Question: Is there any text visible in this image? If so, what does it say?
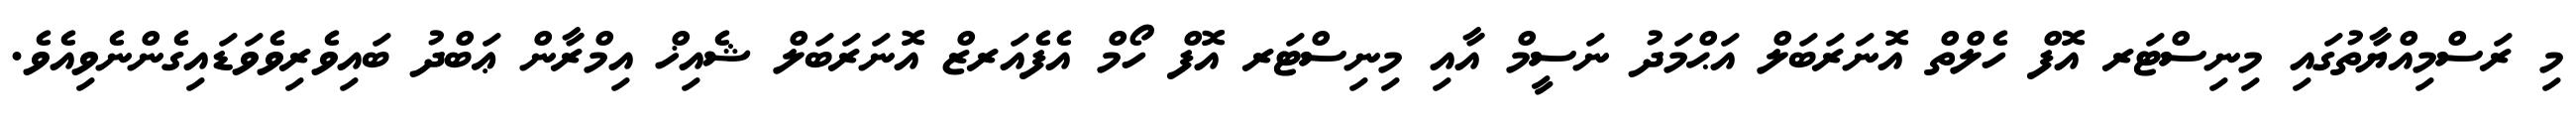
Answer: މި ރަސްމިއްޔާތުގައި މިނިސްޓަރ އޮފް ހެލްތް އޮނަރަބަލް އަޙްމަދު ނަސީމް އާއި މިނިސްޓަރ އޮފް ހޯމް އެފެއަރޒް އޮނަރަބަލް ޝެއިޚް އިމްރާން ޢަބްދު ބައިވެރިވެވަޑައިގެންނެވިއެވެ.